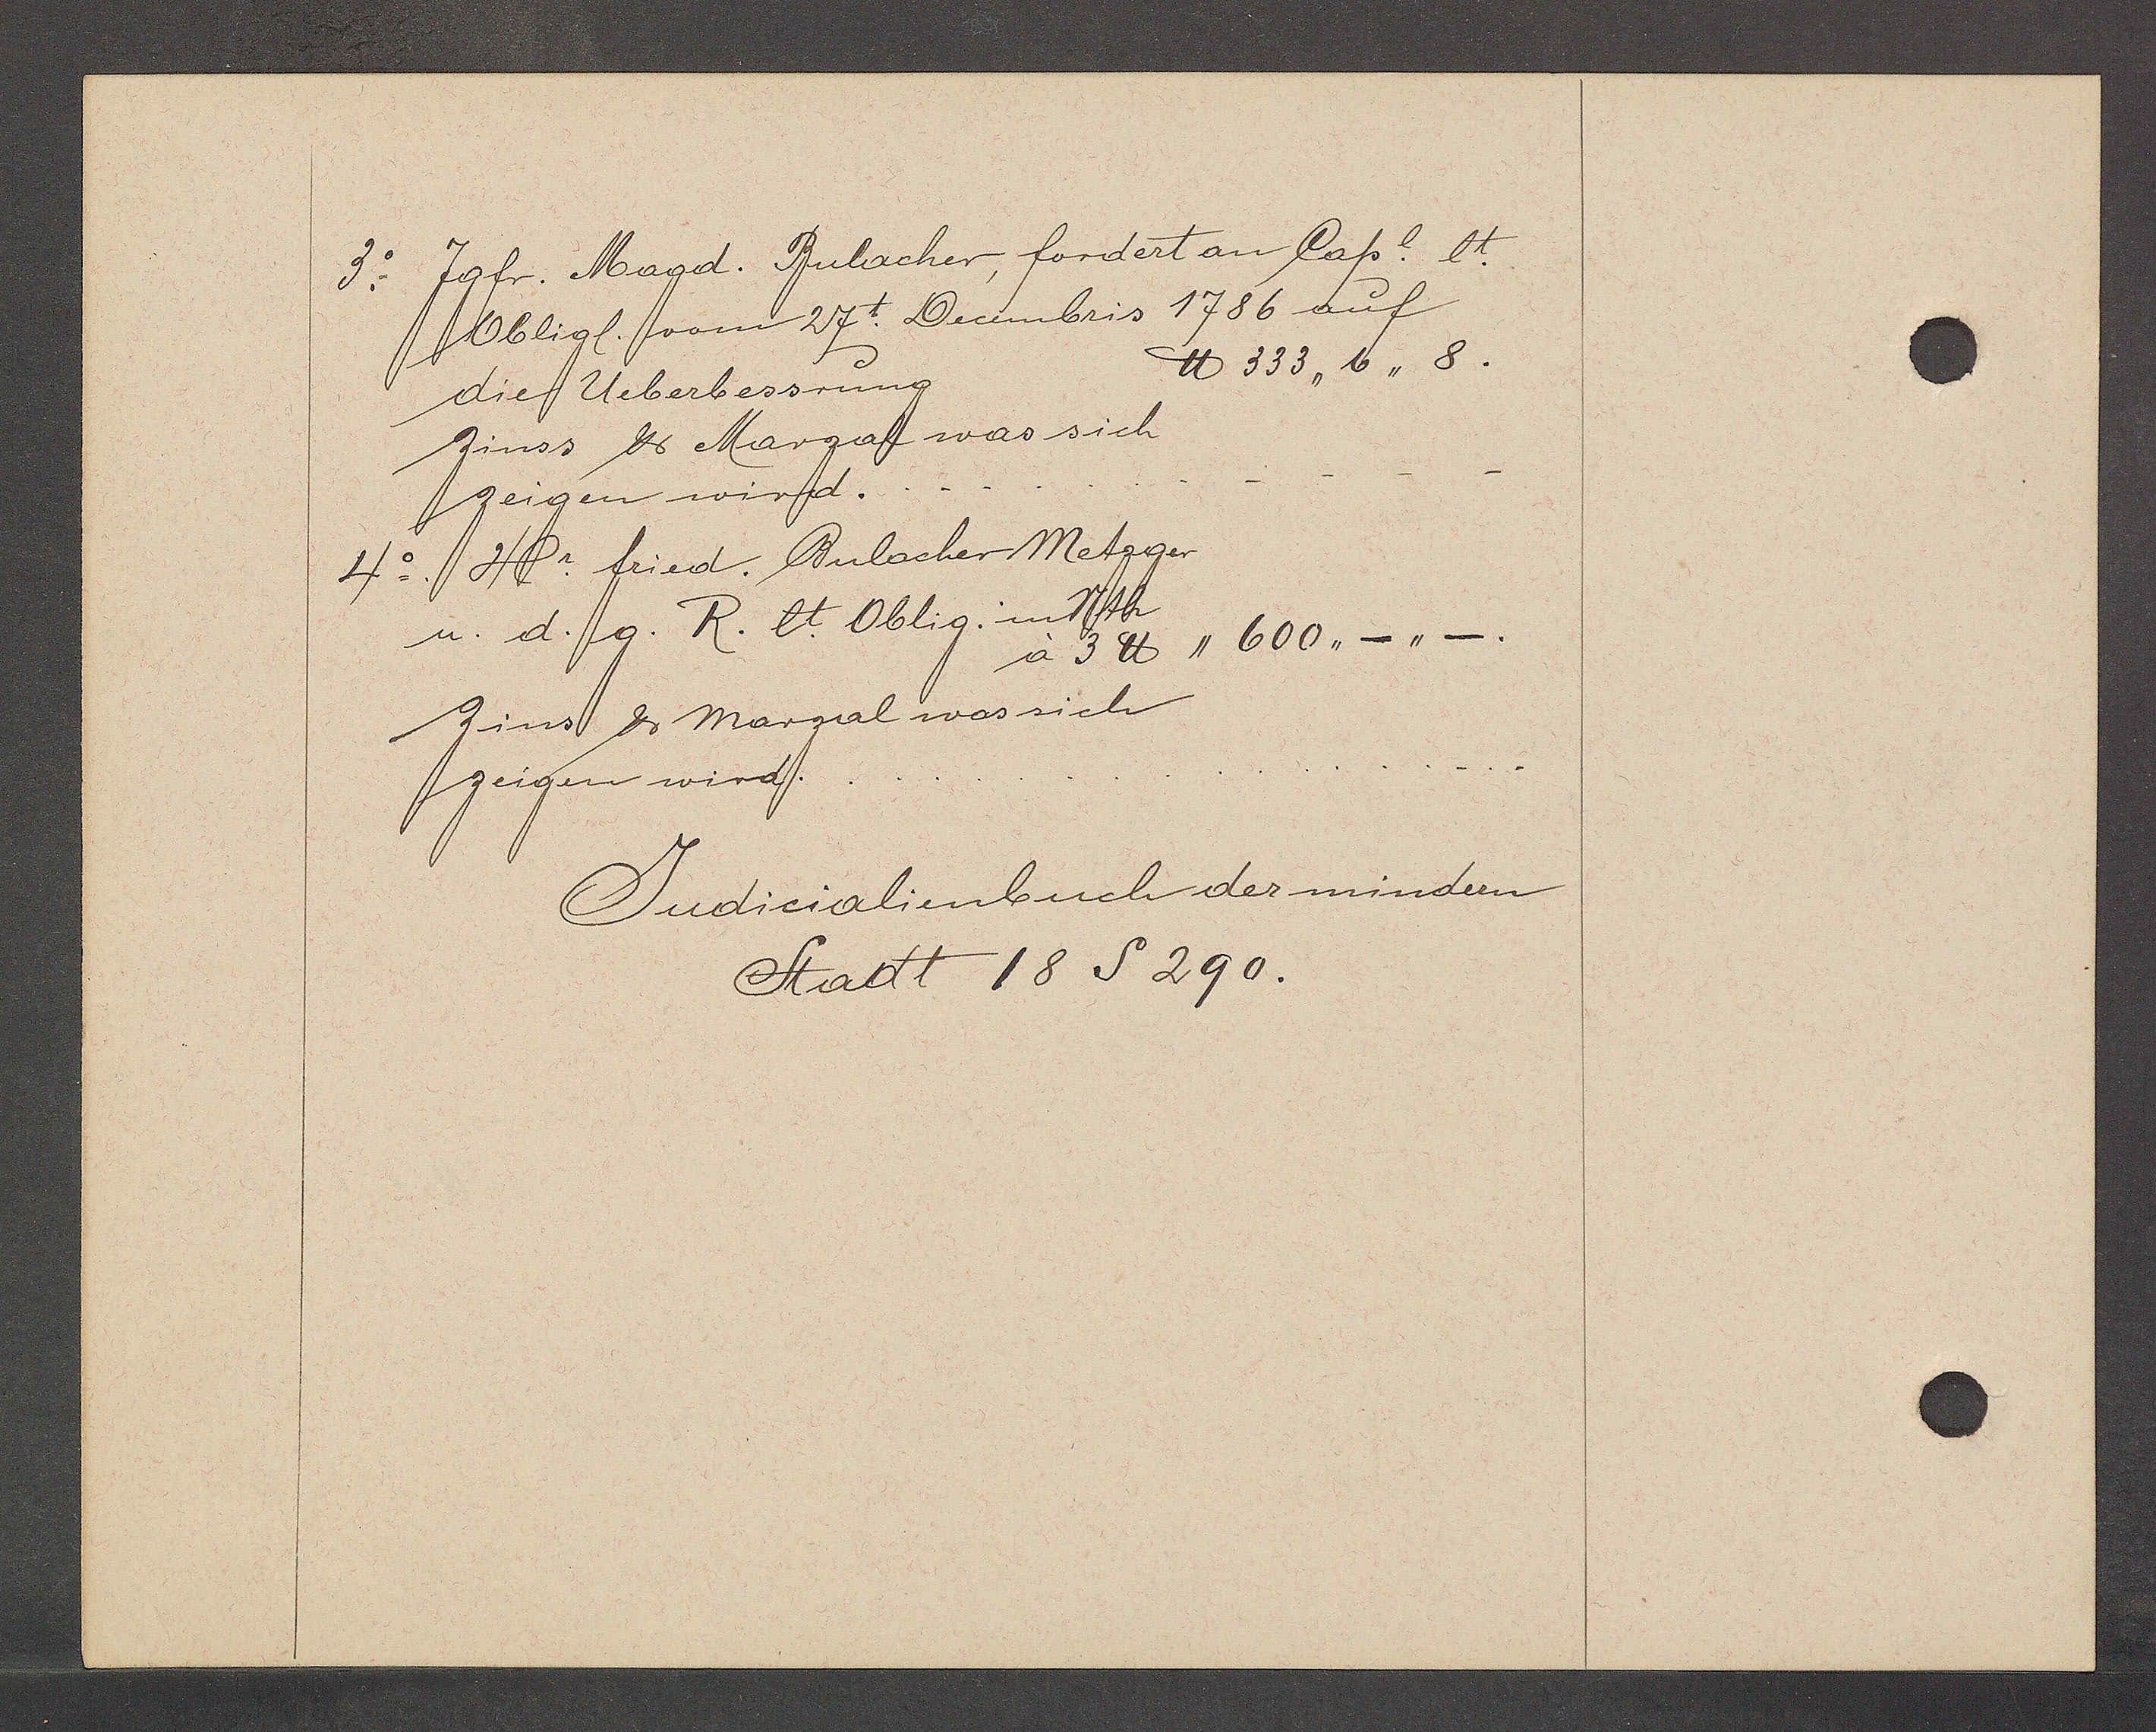
Transcript:
3o. Jgfr. Magd. Bulacher, fordert an Capl. et.
Obligl. vom 27. Decembris 1786 auf
℔ 333,, 6,, 8.
die Ueberbessrung
Zinss ư Marzal was sich
zeigen wird.
4o  Hr. fried. Bulacher Metzger
u. d. g. R. lt Oblig. im Nth
à 3 ℔ ,, 600 ,,_,,_.
Zinst ư Marzal was sich
zeigen wird.

Judicialienbuch der mindern
Stadt 18 S 290.